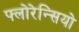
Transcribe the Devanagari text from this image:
फ्लोरेन्सियो